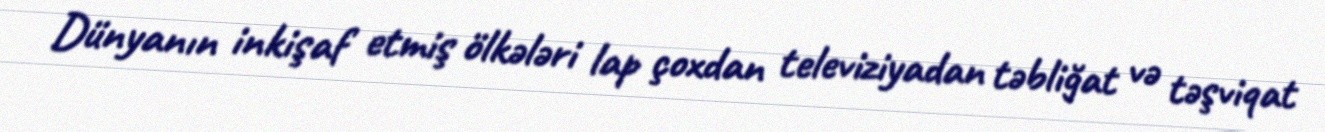
Dünyanın inkişaf etmiş ölkələri lap çoxdan televiziyadan təbliğat və təşviqat